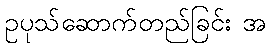
ဥပုသ်ဆောက်တည်ခြင်း အ